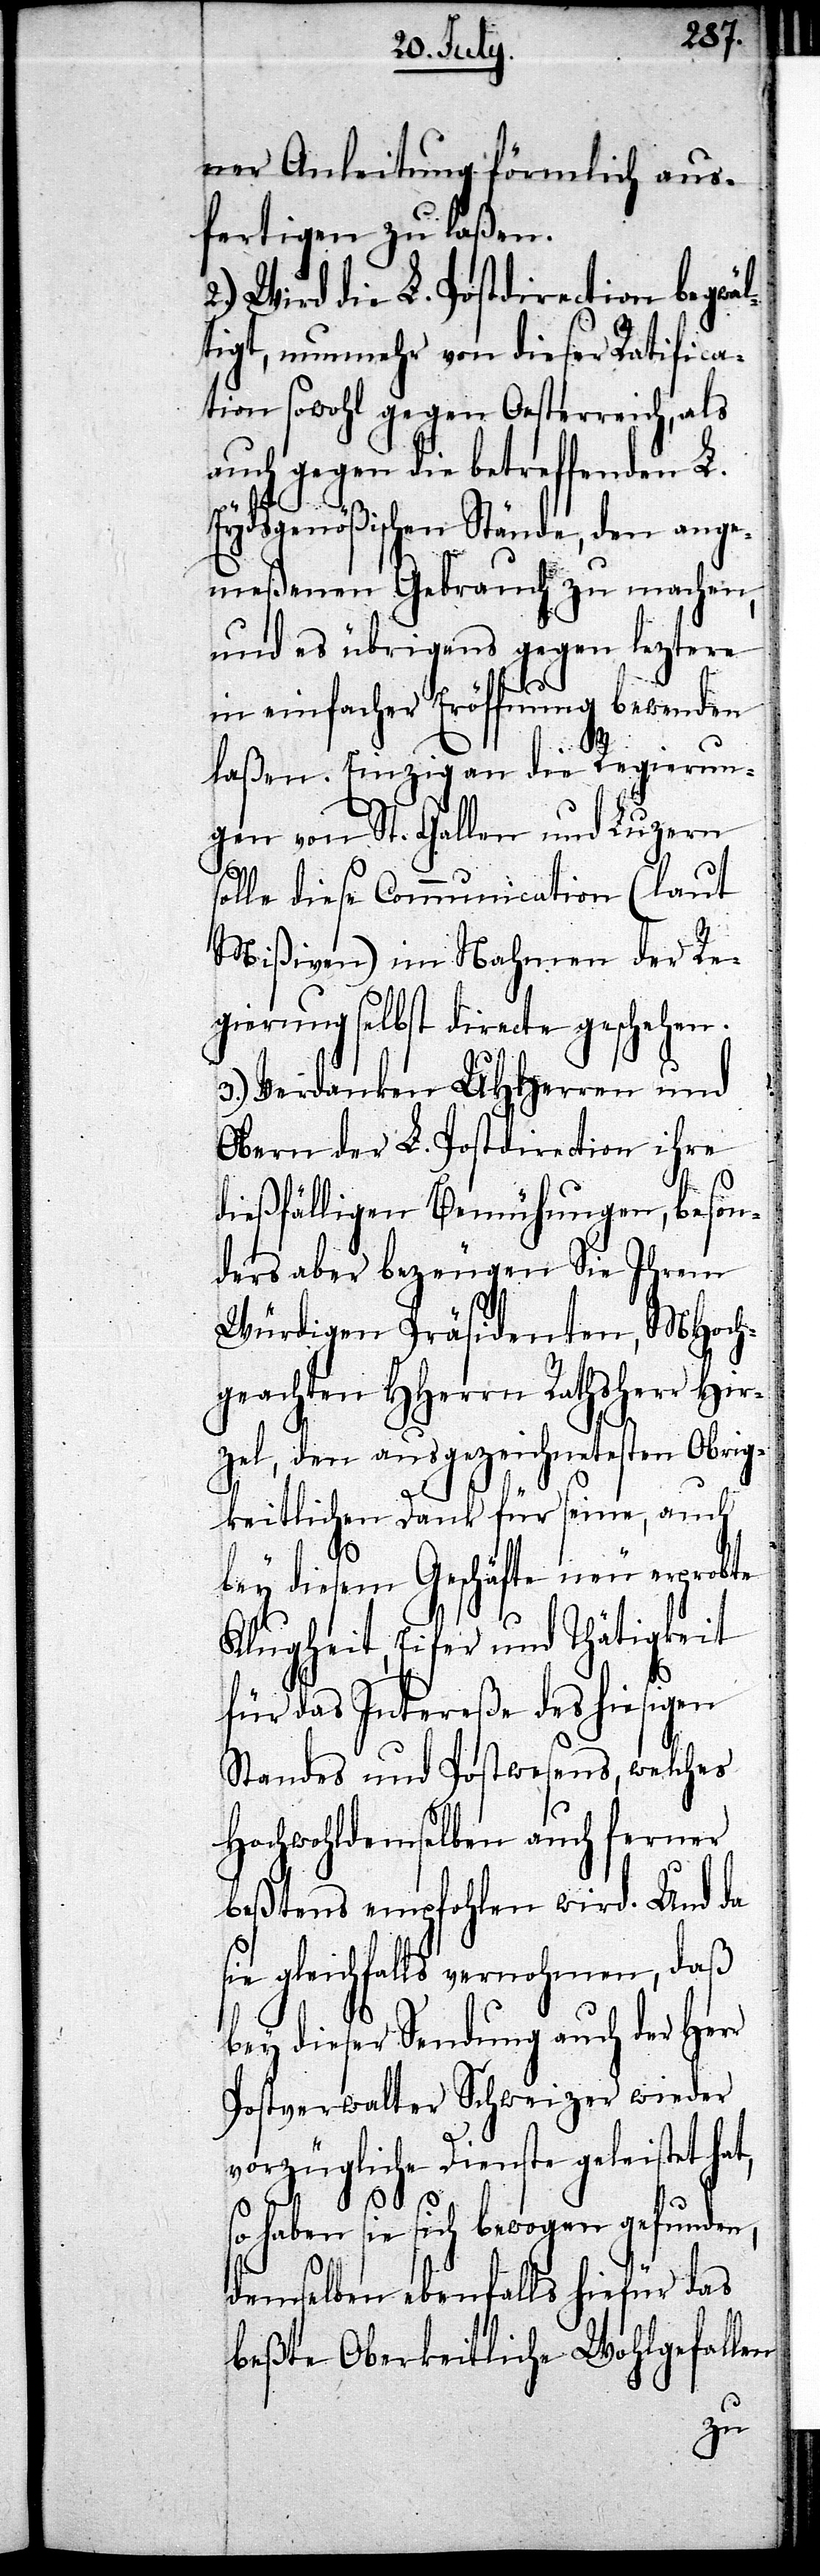
ner Anleitung förmlich aus¬
fertigen zu laßen.
2.) Wird die L. Postdirection begwäl¬
tigt, nunmehr von dieser Ratifica¬
tion sowohl gegen Oesterreich, als
gegen die betreffenden L.
Eydsgenößischen Stände, den ange¬
meßenen Gebrauch zu machen,
und es übrigens gegen leztern
in einfacher Eröffnung bewenden
laßen. Einzig an die Regierun¬
gen von St. Gallen und Luzern
solle diese Communication (laut
Mißiven) im Nahmen der Re¬
gierung selbst directe geschehen.
3.) Verdanken UHHerren und
Obern der L. Postdirection ihre
dießfälligen Bemühungen, beson¬
ders aber bezeugen Sie Ihrem
Würdigen Präsidenten, MHoch¬
geachten HHerrn Rathsherr Hir¬
zel, den ausgezeichnetesten Obrig¬
keitlichen Dank für seine, auch
t,
bey diesem Geschäfte neu erprobte
Klugheit, Eifer und Thätigkeit
für das Intereße des hiesigen
Standes und Postwesens, welches
Hochwohldemselben auch ferner
beßtens empfohlen wird. Und da
sie gleichfalls vernohmen, daß
bey dieser Sendung auch der Herr
Postverwalter Schweizer wieder
vorzügliche Dienste geleistet ha¬
haben sie sich bewogen gefunden,
demselben ebenfalls hiefür das
beßte Obrigkeitliche Wohlgefallen